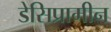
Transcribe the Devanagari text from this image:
डेसिप्रामीन